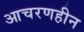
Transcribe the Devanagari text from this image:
आचरणहीन